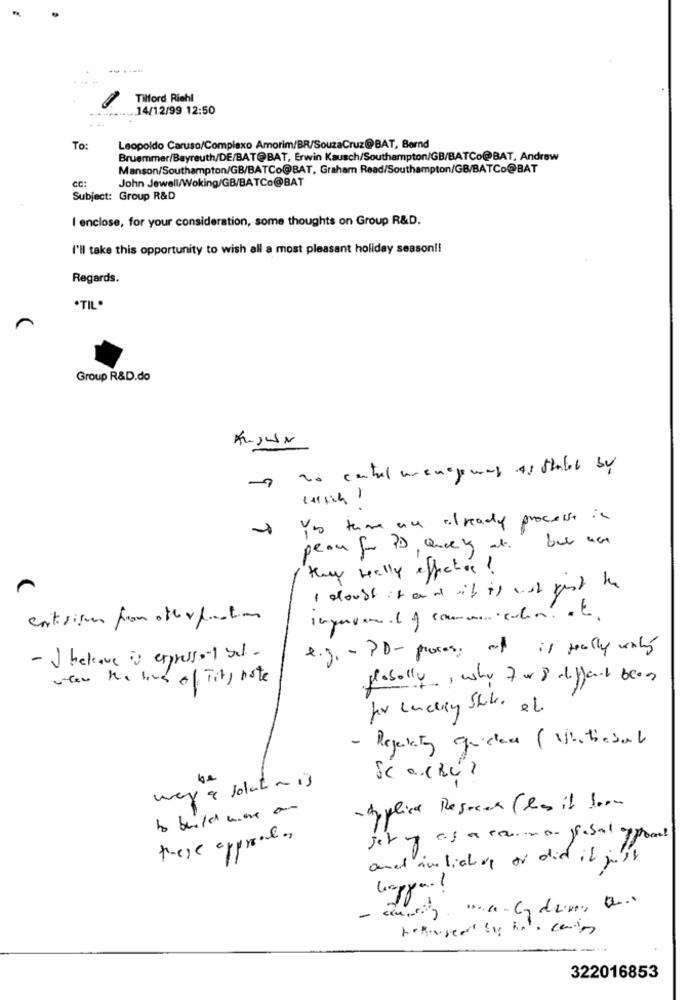
Tilford Riehl
.... 14/12/99 12:50
To:
Leopoldo Caruso/Complexo Amorim/BR/SouzaCruz@BAT, Bernd
Bruemmer/Bayreuth/DE/BAT@BAT, Erwin Kausch/Southampton/GB/BATCo@BAT, Andrew
Manson/Southampton/GB/BATCo@BAT, Graham Read/Southampton/GB/BATCo@BAT
John Jewell/Woking/GB/BATCo@BAT
Subject: Group R&D
I enclose, for your consideration, some thoughts on Group R&D.
I'll take this opportunity to wish all a most pleasant holiday season !!
Regards.
.TIL .
Group R&D.do
ALJUN
to central mangemay as theted by
You tem are already process is
peau for PD, oncey al. but ant
Key really affection!
I doubt it and it is not just the
contisison from other function
e.g .- PD - process of is really valy
- I believe is expresso-1 gel .
where the love of Tit, note
plabolly, why for & different blog
for cancery Stile et.
- Regelaty qu'ilace (Vitiesal
Sc · CRC)
way & solato is
- Applica Resecar Clas it loom
these approval,
set of as a casino ffobal offrant
and imlichop or did it just
322016853